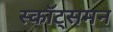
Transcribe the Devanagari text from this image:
स्कॉट्समन